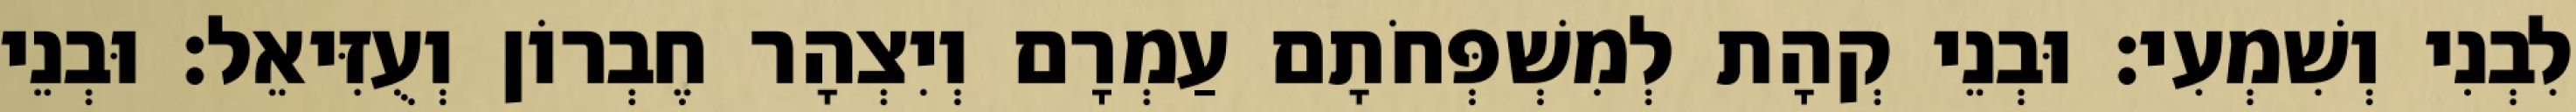
לִבְנִי וְשִׁמְעִי׃ וּבְנֵי קְהָת לְמִשְׁפְּחֹתָם עַמְרָם וְיִצְהָר חֶבְרוֹן וְעֻזִּיאֵל׃ וּבְנֵי